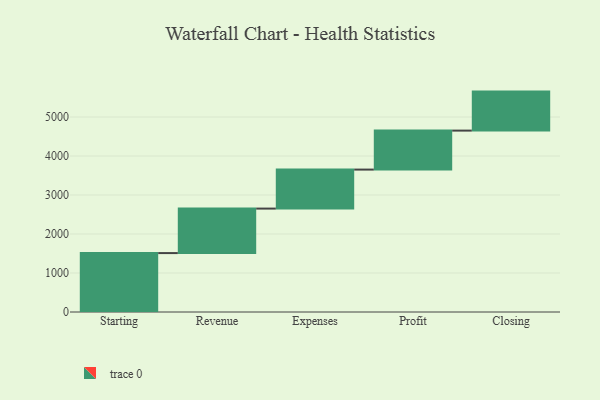
{"axis": {"x": "Step", "y": "Value"}, "legend": [""], "data": [{"x": "Starting", "y": 1511.0, "type": ""}, {"x": "Revenue", "y": 1141.0, "type": ""}, {"x": "Expenses", "y": 1000, "type": ""}, {"x": "Profit", "y": 1000, "type": ""}, {"x": "Closing", "y": 1000, "type": ""}]}